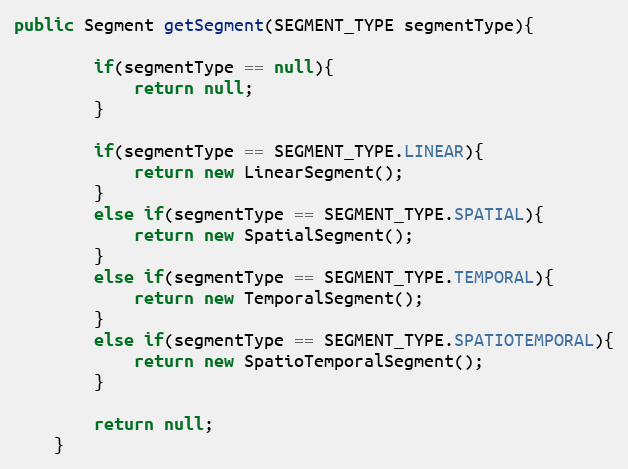
Language: Java
public Segment getSegment(SEGMENT_TYPE segmentType){

		if(segmentType == null){
			return null;
		}

		if(segmentType == SEGMENT_TYPE.LINEAR){
			return new LinearSegment();
		}
		else if(segmentType == SEGMENT_TYPE.SPATIAL){
			return new SpatialSegment();
		}
		else if(segmentType == SEGMENT_TYPE.TEMPORAL){
			return new TemporalSegment();
		}
		else if(segmentType == SEGMENT_TYPE.SPATIOTEMPORAL){
			return new SpatioTemporalSegment();
		}

		return null;
	}